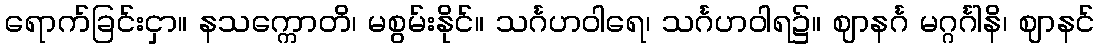
ရောက်ခြင်းငှာ။ နသက္ကောတိ၊ မစွမ်းနိုင်။ သင်္ဂဟဝါရေ၊ သင်္ဂဟဝါရ၌။ ဈာနင်္ဂ မဂ္ဂင်္ဂါနိ၊ ဈာနင်